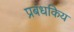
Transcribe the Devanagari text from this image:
प्रबंधकिय